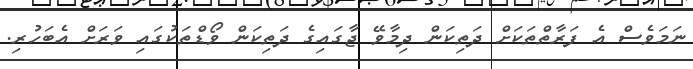
ނަމަވެސް އެ ފަރާތްތަކަށް ދަތިކަން ދިމާވޭ ޖާގައިގެ ދަތިކަން ވޯޑްތަކުގައި ވަރަށް އެބަހުރި.